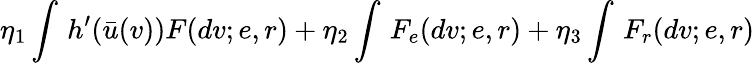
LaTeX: \eta_{1}\int\, h^{\prime}(\bar{u}(v))F(dv;e,r)+\eta_{2}\int\, F_{e}(dv;e,r)+\eta_{3}\int\, F_{r}(dv;e,r)